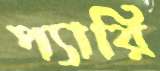
প্যারি